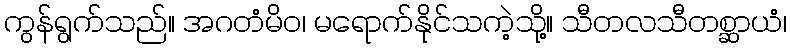
ကွန်ရွက်သည်။ အဂတံမိဝ၊ မရောက်နိုင်သကဲ့သို့။ သီတလသီတစ္ဆာယံ၊